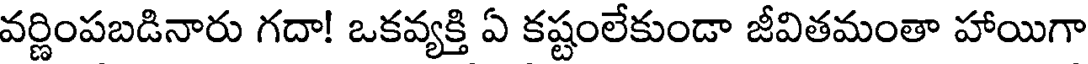
వర్ణింపబడినారు గదా! ఒకవ్యక్తి ఏ కష్టంలేకుండా జీవితమంతా హాయిగా